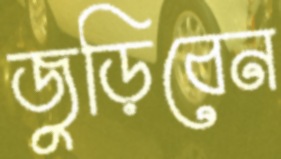
জুড়িবেন